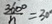
\frac { 3 6 0 ^ { \circ } } { n } = 3 0 ^ { \circ }